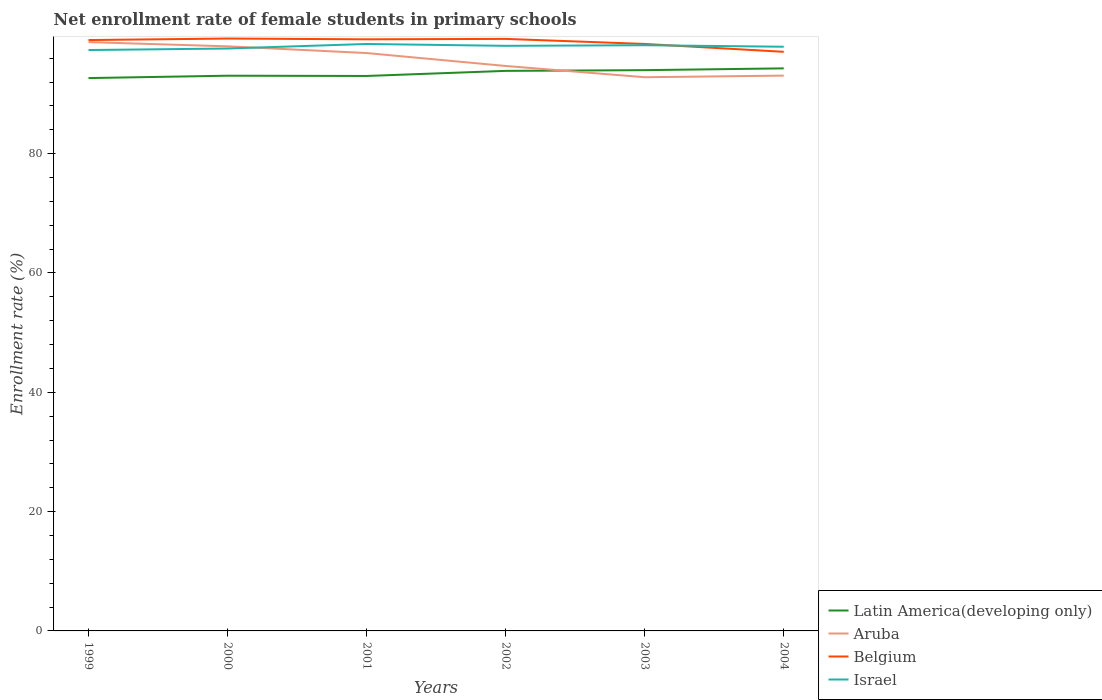
| Years | Latin America(developing only) | Aruba | Belgium | Israel |
 | --- | --- | --- | --- | --- |
 | 1999 | 92.7 | 98.7 | 99 | 97.4 |
 | 2000 | 93.1 | 98 | 99.3 | 97.6 |
 | 2001 | 93 | 96.9 | 99.2 | 98.4 |
 | 2002 | 93.9 | 94.7 | 99.2 | 98.1 |
 | 2003 | 94 | 92.8 | 98.4 | 98.2 |
 | 2004 | 94.3 | 93.1 | 97.1 | 97.9 |